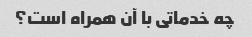
چه خدماتی با آن همراه است؟